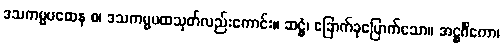
ဒသကမ္မပထေန စ၊ ဒသကမ္မပထသုတ်လည်းကောင်း။ ဆဋ္ဌံ၊ ခြောက်ခုမြောက်သော။ အဋ္ဌင်္ဂိကော၊